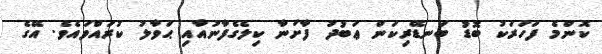
ކޮންމެ ފަހަރަކު ބޮޑު ބަނޑޭރިކަން ޢަބުދު ފާށަނާ ކިލެގެފާނުއާއި ޙަވާލު ކުރައްވައެވެ. އޭގެ